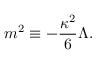
m ^ { 2 } \equiv - \frac { \kappa ^ { 2 } } { 6 } \Lambda .